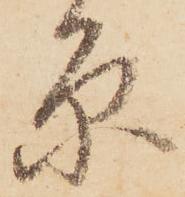
原